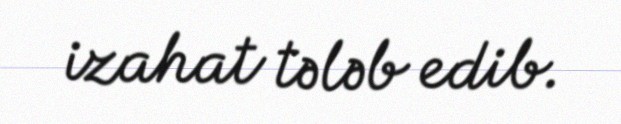
izahat tələb edib.